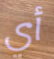
أي